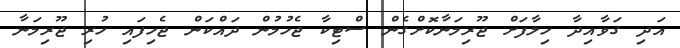
އަދި ގަވާއިދާ ހިލާފަށް ޖޫރިމަނާކޮށްގެން ސްޓިކާ ޖެހުމުން ދައްކަން ޖެހިފައި ހުރި ޖޫރިމަނާ